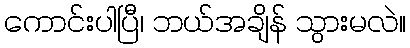
ကောင်းပါပြီ၊ ဘယ်အချိန် သွားမလဲ။